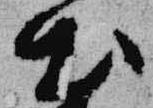
出